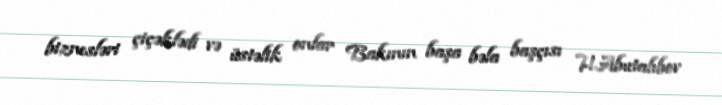
biznesləri çiçəklədi və üstəlik onlar Bakının başa bəla başçısı H.Abutalıbov